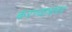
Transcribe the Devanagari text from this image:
करण्याबाबद